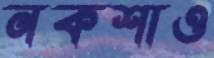
নকশাও